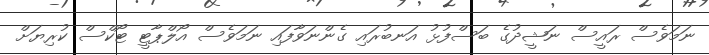
ނަމަވެސް ރައީސް ނަޝީދުގެ ބަސްފުޅު އަނބުރައި ގެންނަވާފައި ނަމަވެސް އޯލްޕާޓީ ޓޯކްސް ކުރިޔަށް